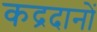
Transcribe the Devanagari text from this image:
कद्रदानों